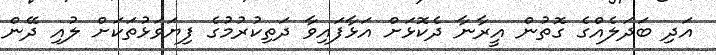
އަދި ބަދަލެއްގެ ގޮތުން އީރާނާ ދެކޮޅަށް އަޅާފައިވާ ދަތިކުރުމުގެ ފިޔަވަޅުތަކަށް ލުއި ދޭން